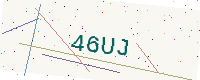
Text: 46UJ